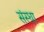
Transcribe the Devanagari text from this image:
संस्धा